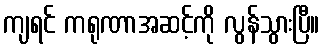
ကျရင် ကရုဏာအဆင့်ကို လွန်သွားပြီ။